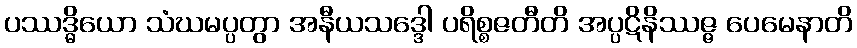
ပဿဒ္ဓိယော သံဃမပ္ပတွာ အနီယသဒ္ဒေါ ပရိစ္စဇတီတိ အပ္ပဋိနိဿဇ္ဇ ပေမေနာတိ